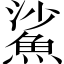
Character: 鯊